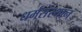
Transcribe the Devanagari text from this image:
धर्मसंस्थान